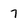
Character: 7